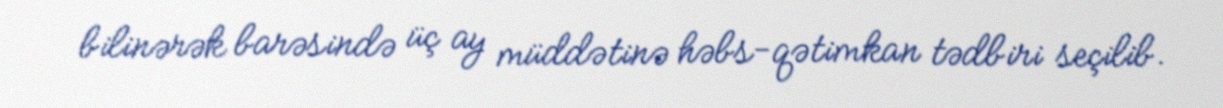
bilinərək barəsində üç ay müddətinə həbs-qətimkan tədbiri seçilib.